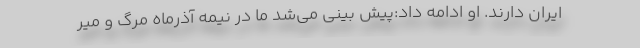
ایران دارند. او ادامه داد:پیش بینی می‌شد ما در نیمه آذرماه مرگ و میر